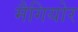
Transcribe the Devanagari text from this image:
मैगियोर